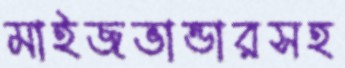
মাইজভান্ডারসহ